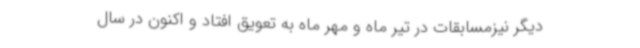
دیگر نیزمسابقات در تیر ماه و مهر ماه به تعویق افتاد و اکنون در سال